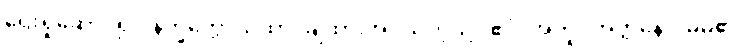
ရှေးရှုဆောင်၍။ နိက္ခိတ္တောယထာ၊ ချထားအပ်သကဲ့သို့။ ဧဝံ၊ အတူ။ အတ္တနော၊ မိမိ၏။